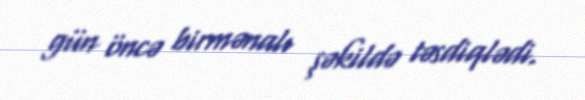
gün öncə birmənalı şəkildə təsdiqlədi.